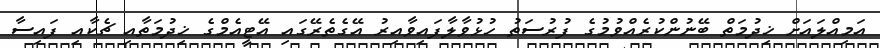
އަމިއްލައަށް ޚިދުމަތް ބޭނުންކުރެއްވުމުގެ ފުރުސަތު ހުޅުވާލާފައިވާއިރު އޭގެތެރޭގައި އޭޓީއެމްގެ ޚިދުމަތާއި ޗެކާއި ފައިސާ